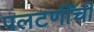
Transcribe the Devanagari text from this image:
पलटणींची